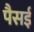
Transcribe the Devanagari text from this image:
पैसई